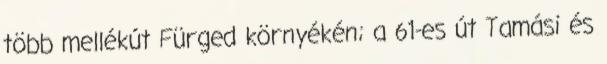
több mellékút Fürged környékén; a 61-es út Tamási és